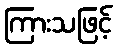
ကြားသဖြင့်